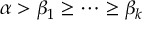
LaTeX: \alpha > \beta _ { 1 } \geq \cdots \geq \beta _ { k }